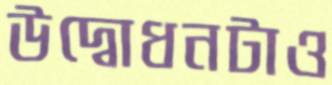
উদ্বোধনটাও